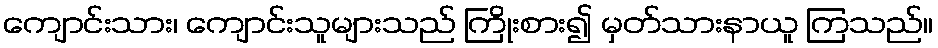
ကျောင်းသား၊ ကျောင်းသူများသည် ကြိုးစား၍ မှတ်သားနာယူ ကြသည်။